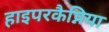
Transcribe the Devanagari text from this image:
हाइपरकैप्निया